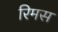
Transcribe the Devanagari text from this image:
रिमस